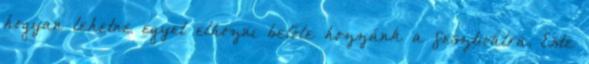
hogyan lehetne egyet elhozni belőle hozzánk a fesztiválra. Este